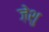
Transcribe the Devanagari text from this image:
ज़ेशु